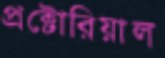
প্রক্টোরিয়াল